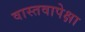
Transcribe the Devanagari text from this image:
वास्तवापेक्षा